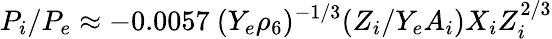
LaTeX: P_{i}/P_{e}\approx-0.0057\ (Y_{e}\rho_{6})^{-1/3}({Z_{i}/Y_{e}A_{i}})X_{i}Z_{i}^{2/3}